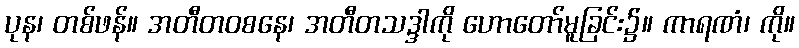
ပုန၊ တစ်ဖန်။ အတီတဝစနေ၊ အတီတသဒ္ဒါကို ဟောတော်မူခြင်း၌။ ကာရဏံ၊ ကို။